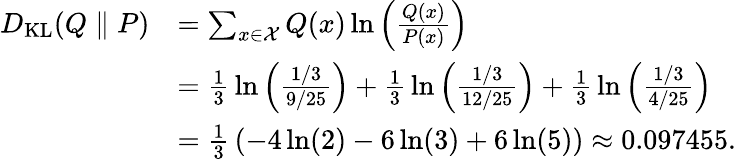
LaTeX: {\begin{array}{rl}{D_{\mathrm{KL}}(Q\parallel P)}&{=\sum_{x\in{\mathcal{X}}}Q(x)\ln\left({\frac{Q(x)}{P(x)}}\right)}\\ &{={\frac{1}{3}}\ln\left({\frac{1/3}{9/25}}\right)+{\frac{1}{3}}\ln\left({\frac{1/3}{12/25}}\right)+{\frac{1}{3}}\ln\left({\frac{1/3}{4/25}}\right)}\\ &{={\frac{1}{3}}\left(-4\ln(2)-6\ln(3)+6\ln(5)\right)\approx 0.097455.}\end{array}}